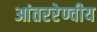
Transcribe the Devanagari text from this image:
आंतररेण्वीय